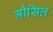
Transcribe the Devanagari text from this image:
मौसिल